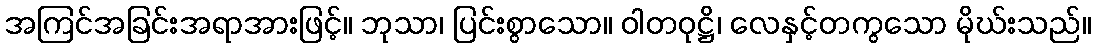
အကြင်အခြင်းအရာအားဖြင့်။ ဘုသာ၊ ပြင်းစွာသော။ ဝါတဝုဋ္ဌိ၊ လေနှင့်တကွသော မိုဃ်းသည်။